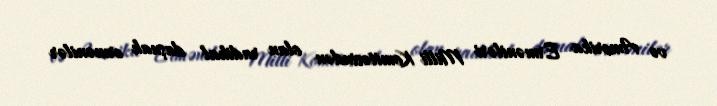
və Amerika Erməniləri Milli Komitəsindən olan radikal daşnak ermənilər